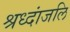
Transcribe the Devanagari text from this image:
श्रध्दांजलि